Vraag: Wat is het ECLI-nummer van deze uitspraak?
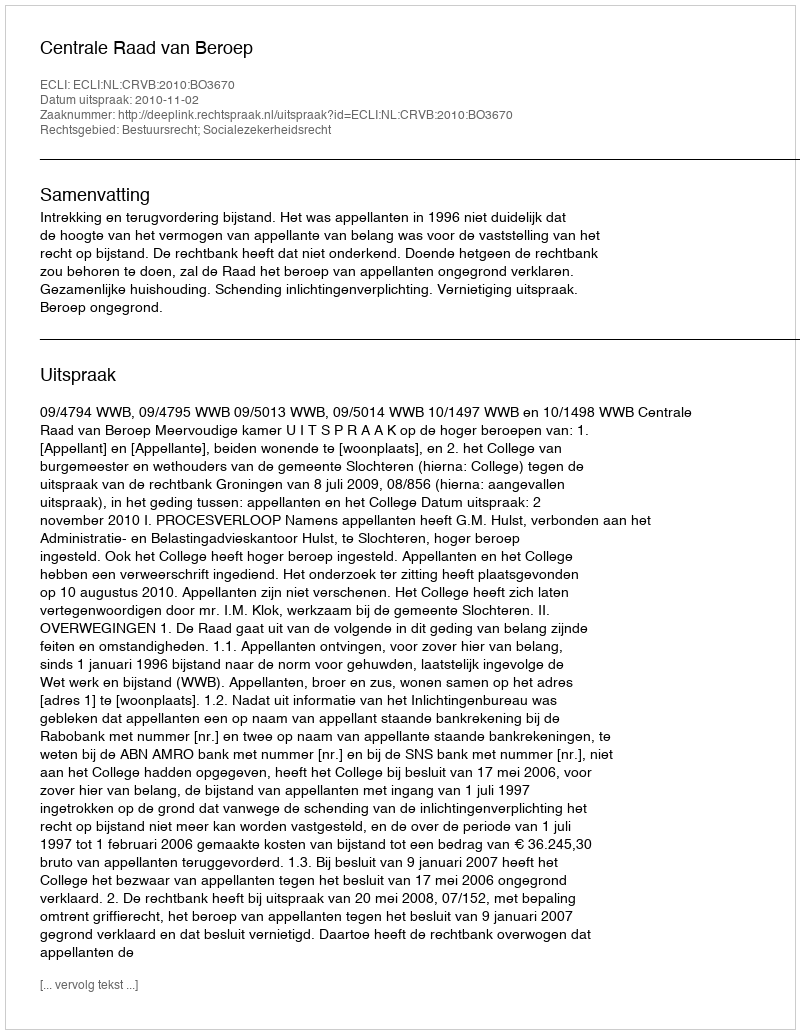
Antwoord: ECLI:NL:CRVB:2010:BO3670